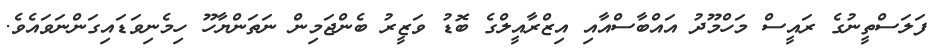
ފަލަސްތީނުގެ ރައީސް މަހްމޫދު އައްބާސްއާއި އިޒްރާއީލްގެ ބޮޑު ވަޒީރު ބެންޖަމިން ނަތަންޔާހޫ ހިމެނިވަޑައިގަންނަވައެވެ.